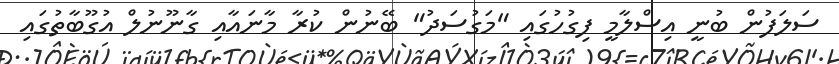
ސަލަފުން ބުނީ އިސްލާމީ ފިގުހުގައި "މަގުސަދު" ބޭނުން ކުރާ މާނައާއި ގާނޫނުލް އުގޫބާތުގައި